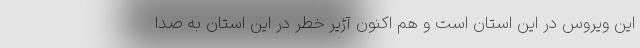
این ویروس در این استان است و هم اکنون آژیر خطر در این استان به صدا